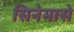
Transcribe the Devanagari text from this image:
सिनेमासे